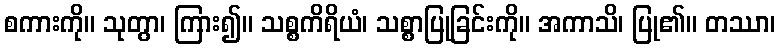
စကားကို။ သုတွာ၊ ကြား၍။ သစ္စကိရိယံ၊ သစ္စာပြုခြင်းကို။ အကာသိ၊ ပြု၏။ တဿာ၊